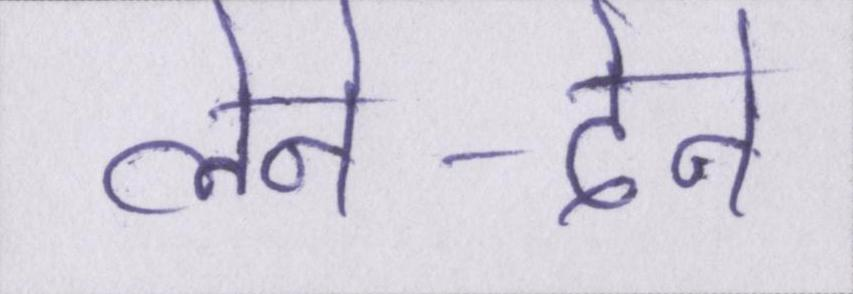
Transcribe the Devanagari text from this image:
लेने-देने